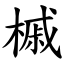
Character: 槭